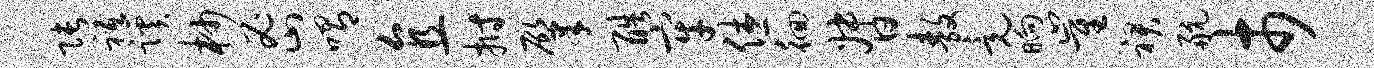
张祗蹊杪密喟直拊肇酷牢休徊督敖竟晌崔裙航市